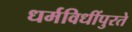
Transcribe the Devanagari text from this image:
धर्मविधींपुरते